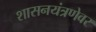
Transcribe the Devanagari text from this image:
शासनयंत्रणेवर